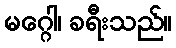
မဂ္ဂေါ၊ ခရီးသည်။